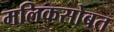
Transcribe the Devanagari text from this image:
मलिकसोबत